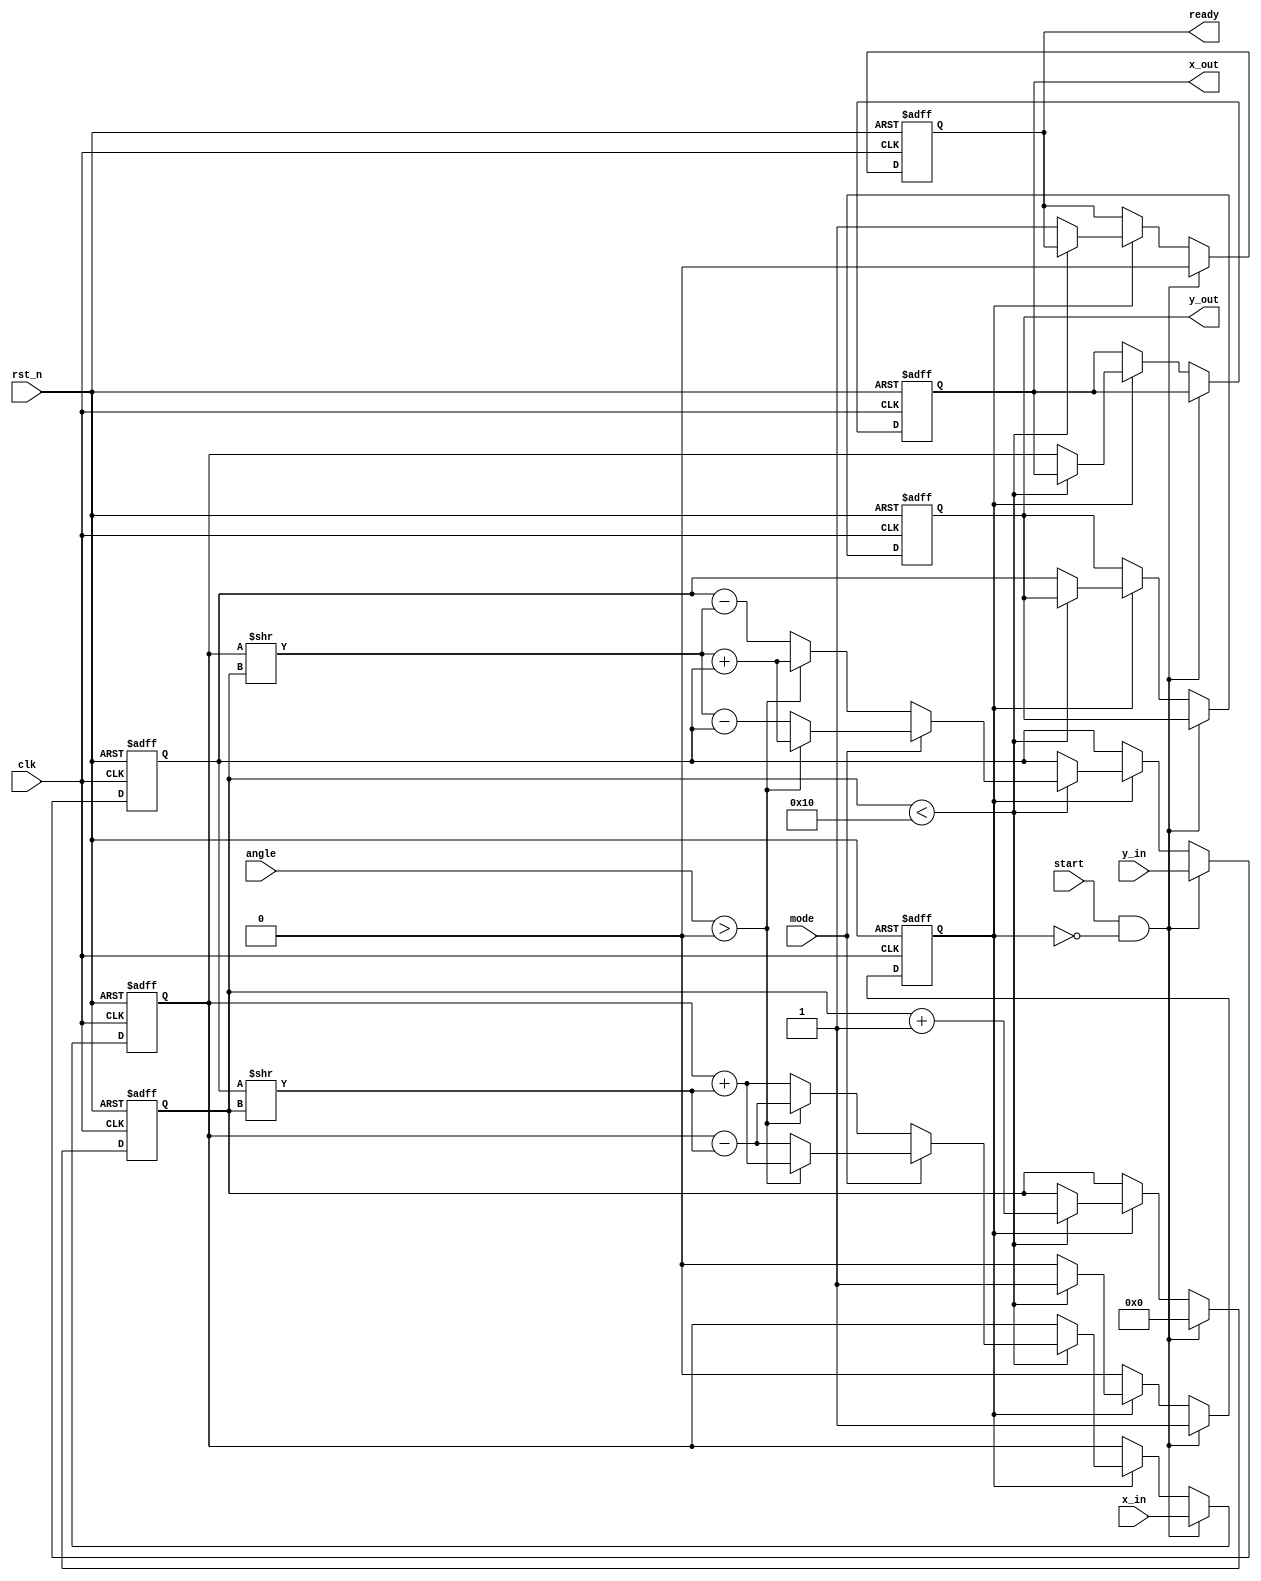
module modified_cordic #
(
    parameter ITERATIONS = 16 // Number of iterations
)
(
    input wire clk,
    input wire rst_n, // Active-low reset
    input wire [15:0] x_in, // Input X coordinate
    input wire [15:0] y_in, // Input Y coordinate
    input wire [15:0] angle, // Angle for rotation
    input wire mode, // 0: circular, 1: hyperbolic
    input wire start, // Start signal
    output reg [15:0] x_out, // Output X coordinate
    output reg [15:0] y_out, // Output Y coordinate
    output reg ready // Ready signal
);

// CORDIC parameters
reg [15:0] angle_LUT [0:ITERATIONS-1]; // LUT for arctangent values
reg [15:0] x_reg, y_reg; // Registers to hold coordinates
reg [3:0] iter; // Iteration counter
reg running; // Running flag

// Initialization of LUT (arctangent values)
initial begin
    angle_LUT[0] = 16'h0000;  // atan(2^-0)
    angle_LUT[1] = 16'h2000;  // atan(2^-1)
    angle_LUT[2] = 16'h1400;  // atan(2^-2)
    angle_LUT[3] = 16'h0A00;  // atan(2^-3)
    angle_LUT[4] = 16'h0500;  // atan(2^-4)
    angle_LUT[5] = 16'h0280;  // atan(2^-5)
    angle_LUT[6] = 16'h0140;  // atan(2^-6)
    angle_LUT[7] = 16'h00A0;  // atan(2^-7)
    angle_LUT[8] = 16'h0050;  // atan(2^-8)
    angle_LUT[9] = 16'h0028;  // atan(2^-9)
    angle_LUT[10] = 16'h0014; // atan(2^-10)
    angle_LUT[11] = 16'h000A; // atan(2^-11)
    angle_LUT[12] = 16'h0005; // atan(2^-12)
    angle_LUT[13] = 16'h0002; // atan(2^-13)
    angle_LUT[14] = 16'h0001; // atan(2^-14)
    angle_LUT[15] = 16'h0000; // atan(2^-15) (last angle is 0)
end

always @(posedge clk or negedge rst_n) begin
    if (!rst_n) begin
        // Reset state
        x_reg <= 16'b0;
        y_reg <= 16'b0;
        iter <= 0;
        running <= 0;
        ready <= 0;
        x_out <= 16'b0;
        y_out <= 16'b0;
    end else if (start && !running) begin
        // Load inputs and initiate CORDIC computation
        x_reg <= x_in;
        y_reg <= y_in;
        iter <= 0;
        running <= 1;
        ready <= 0;
    end else if (running) begin
        // CORDIC computation
        if (iter < ITERATIONS) begin
            // Calculate angle difference
            if (mode == 0) begin // Circular mode
                if (angle > 0) begin
                    x_reg <= x_reg - (y_reg >> iter);
                    y_reg <= y_reg + (x_reg >> iter);
                end else begin
                    x_reg <= x_reg + (y_reg >> iter);
                    y_reg <= y_reg - (x_reg >> iter);
                end
            end else begin // Hyperbolic mode
                if (angle > 0) begin
                    x_reg <= x_reg + (y_reg >> iter);
                    y_reg <= (x_reg >> iter) + y_reg;
                end else begin
                    x_reg <= x_reg - (y_reg >> iter);
                    y_reg <= (x_reg >> iter) - y_reg;
                end
            end
            iter <= iter + 1;
        end else begin
            // Final output assignment and reset ready signal
            x_out <= x_reg;
            y_out <= y_reg;
            running <= 0;
            ready <= 1;
        end
    end
end

endmodule